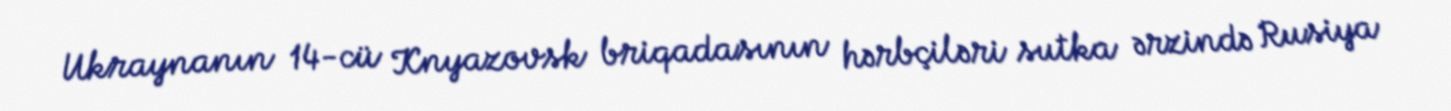
Ukraynanın 14-cü Knyazovsk briqadasının hərbçiləri sutka ərzində Rusiya